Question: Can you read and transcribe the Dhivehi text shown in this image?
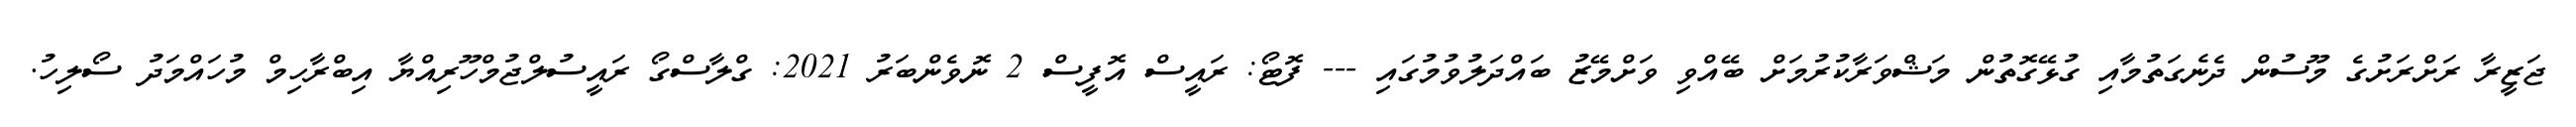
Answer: ޖަޒީރާ ރަށްރަށުގެ މޫސުން ދެނެގަތުމާއި ގުޅޭގޮތުން މަޝްވަރާކުރުމަށް ބޭއްވި ވަށްމޭޒު ބައްދަލުވުމުގައި --- ފޮޓޯ: ރައީސް އޮފީސް 2 ނޮވެންބަރު 2021: ގްލާސްގޯ ރައީސުލްޖުމްހޫރިއްޔާ އިބްރާހިމް މުހައްމަދު ސޯލިހު.